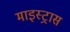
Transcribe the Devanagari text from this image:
माइस्ट्रास